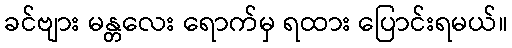
ခင်ဗျား မန္တလေး ရောက်မှ ရထား ပြောင်းရမယ်။